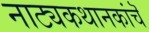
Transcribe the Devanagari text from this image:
नाट्यकथानकांचॆ